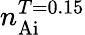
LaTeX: n_{\mathrm{Ai}}^{T=0.15}